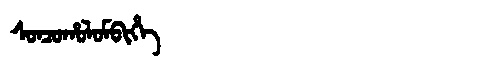
Manchu: ᠰᠣᠨᠴᠣᡥᠣᠯᠣᠮᠪᡳᡥᡝ
Romanization: SONCOHOLOMBIHE